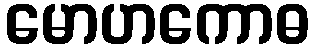
မောဟကောဓ